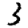
Digit: 3